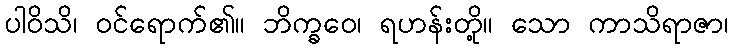
ပါဝိသိ၊ ဝင်ရောက်၏။ ဘိက္ခဝေ၊ ရဟန်းတို့။ သော ကာသိရာဇာ၊